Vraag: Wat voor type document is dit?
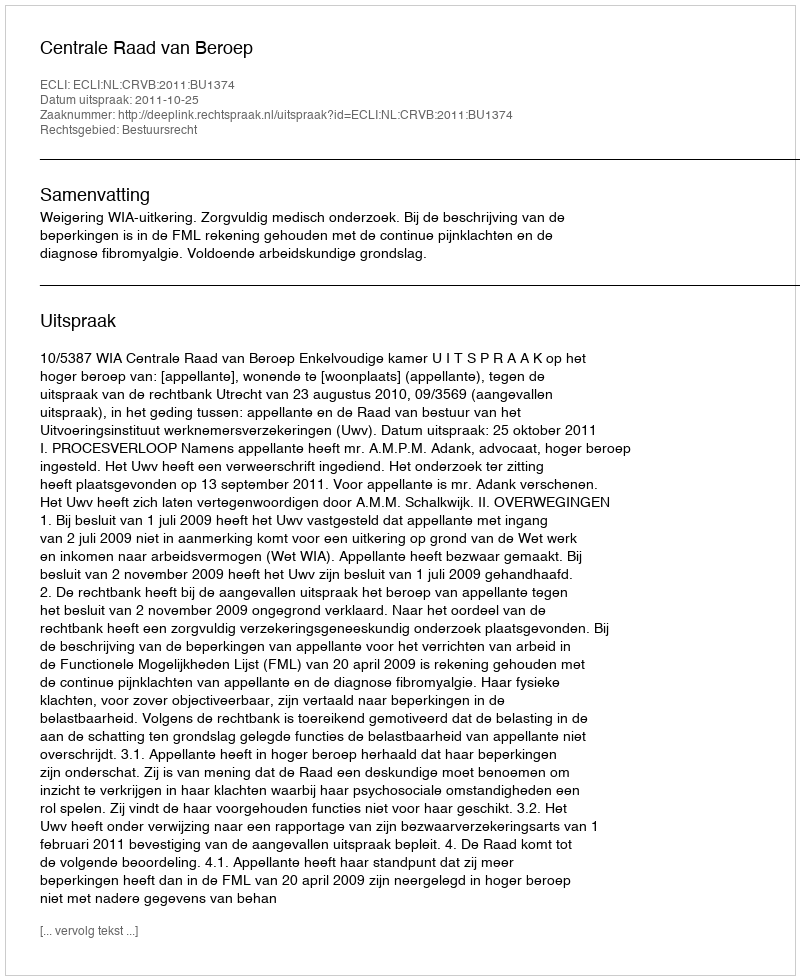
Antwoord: Uitspraak